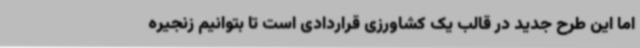
اما این طرح جدید در قالب یک کشاورزی قراردادی است تا بتوانیم زنجیره